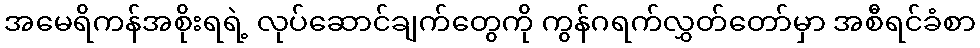
အမေရိကန်အစိုးရရဲ့ လုပ်ဆောင်ချက်တွေကို ကွန်ဂရက်လွှတ်တော်မှာ အစီရင်ခံစာ